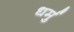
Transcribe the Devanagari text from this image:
धर्मु